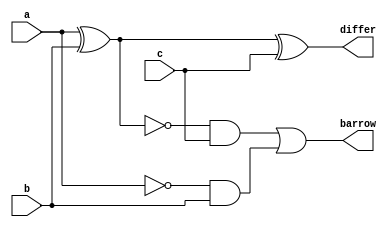
`timescale 1ns / 1ps
//////////////////////////////////////////////////////////////////////////////////
// Company: 
// Engineer: 
// 
// Design Name: 
// Module Name: FS_dataflow
// Project Name: 
// Target Devices: 
// Tool Versions: 
// Description: 
// 
// Dependencies: 
// 
// Revision:
// Revision 0.01 - File Created
// Additional Comments:
// 
//////////////////////////////////////////////////////////////////////////////////


module FS_dataflow(
    input a,
    input b,
    input c,
    output differ,
    output barrow
    );
    assign differ = (a^b)^c; 
    assign barrow = ~(a^b)&c | ~a&b;
endmodule